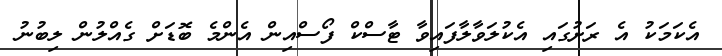
އެކަމަކު އެ ރަށުގައި އެކުލަވާލާފައިވާ ޓާސްކް ފޯސްއިން އެންމެ ބޮޑަށް ގެއްލުން ލިބުނު